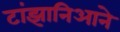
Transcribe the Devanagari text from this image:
टांझानिआने